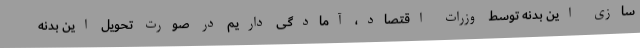
سازی این بدنه توسط وزرات اقتصاد، آمادگی داریم در صورت تحویل این بدنه